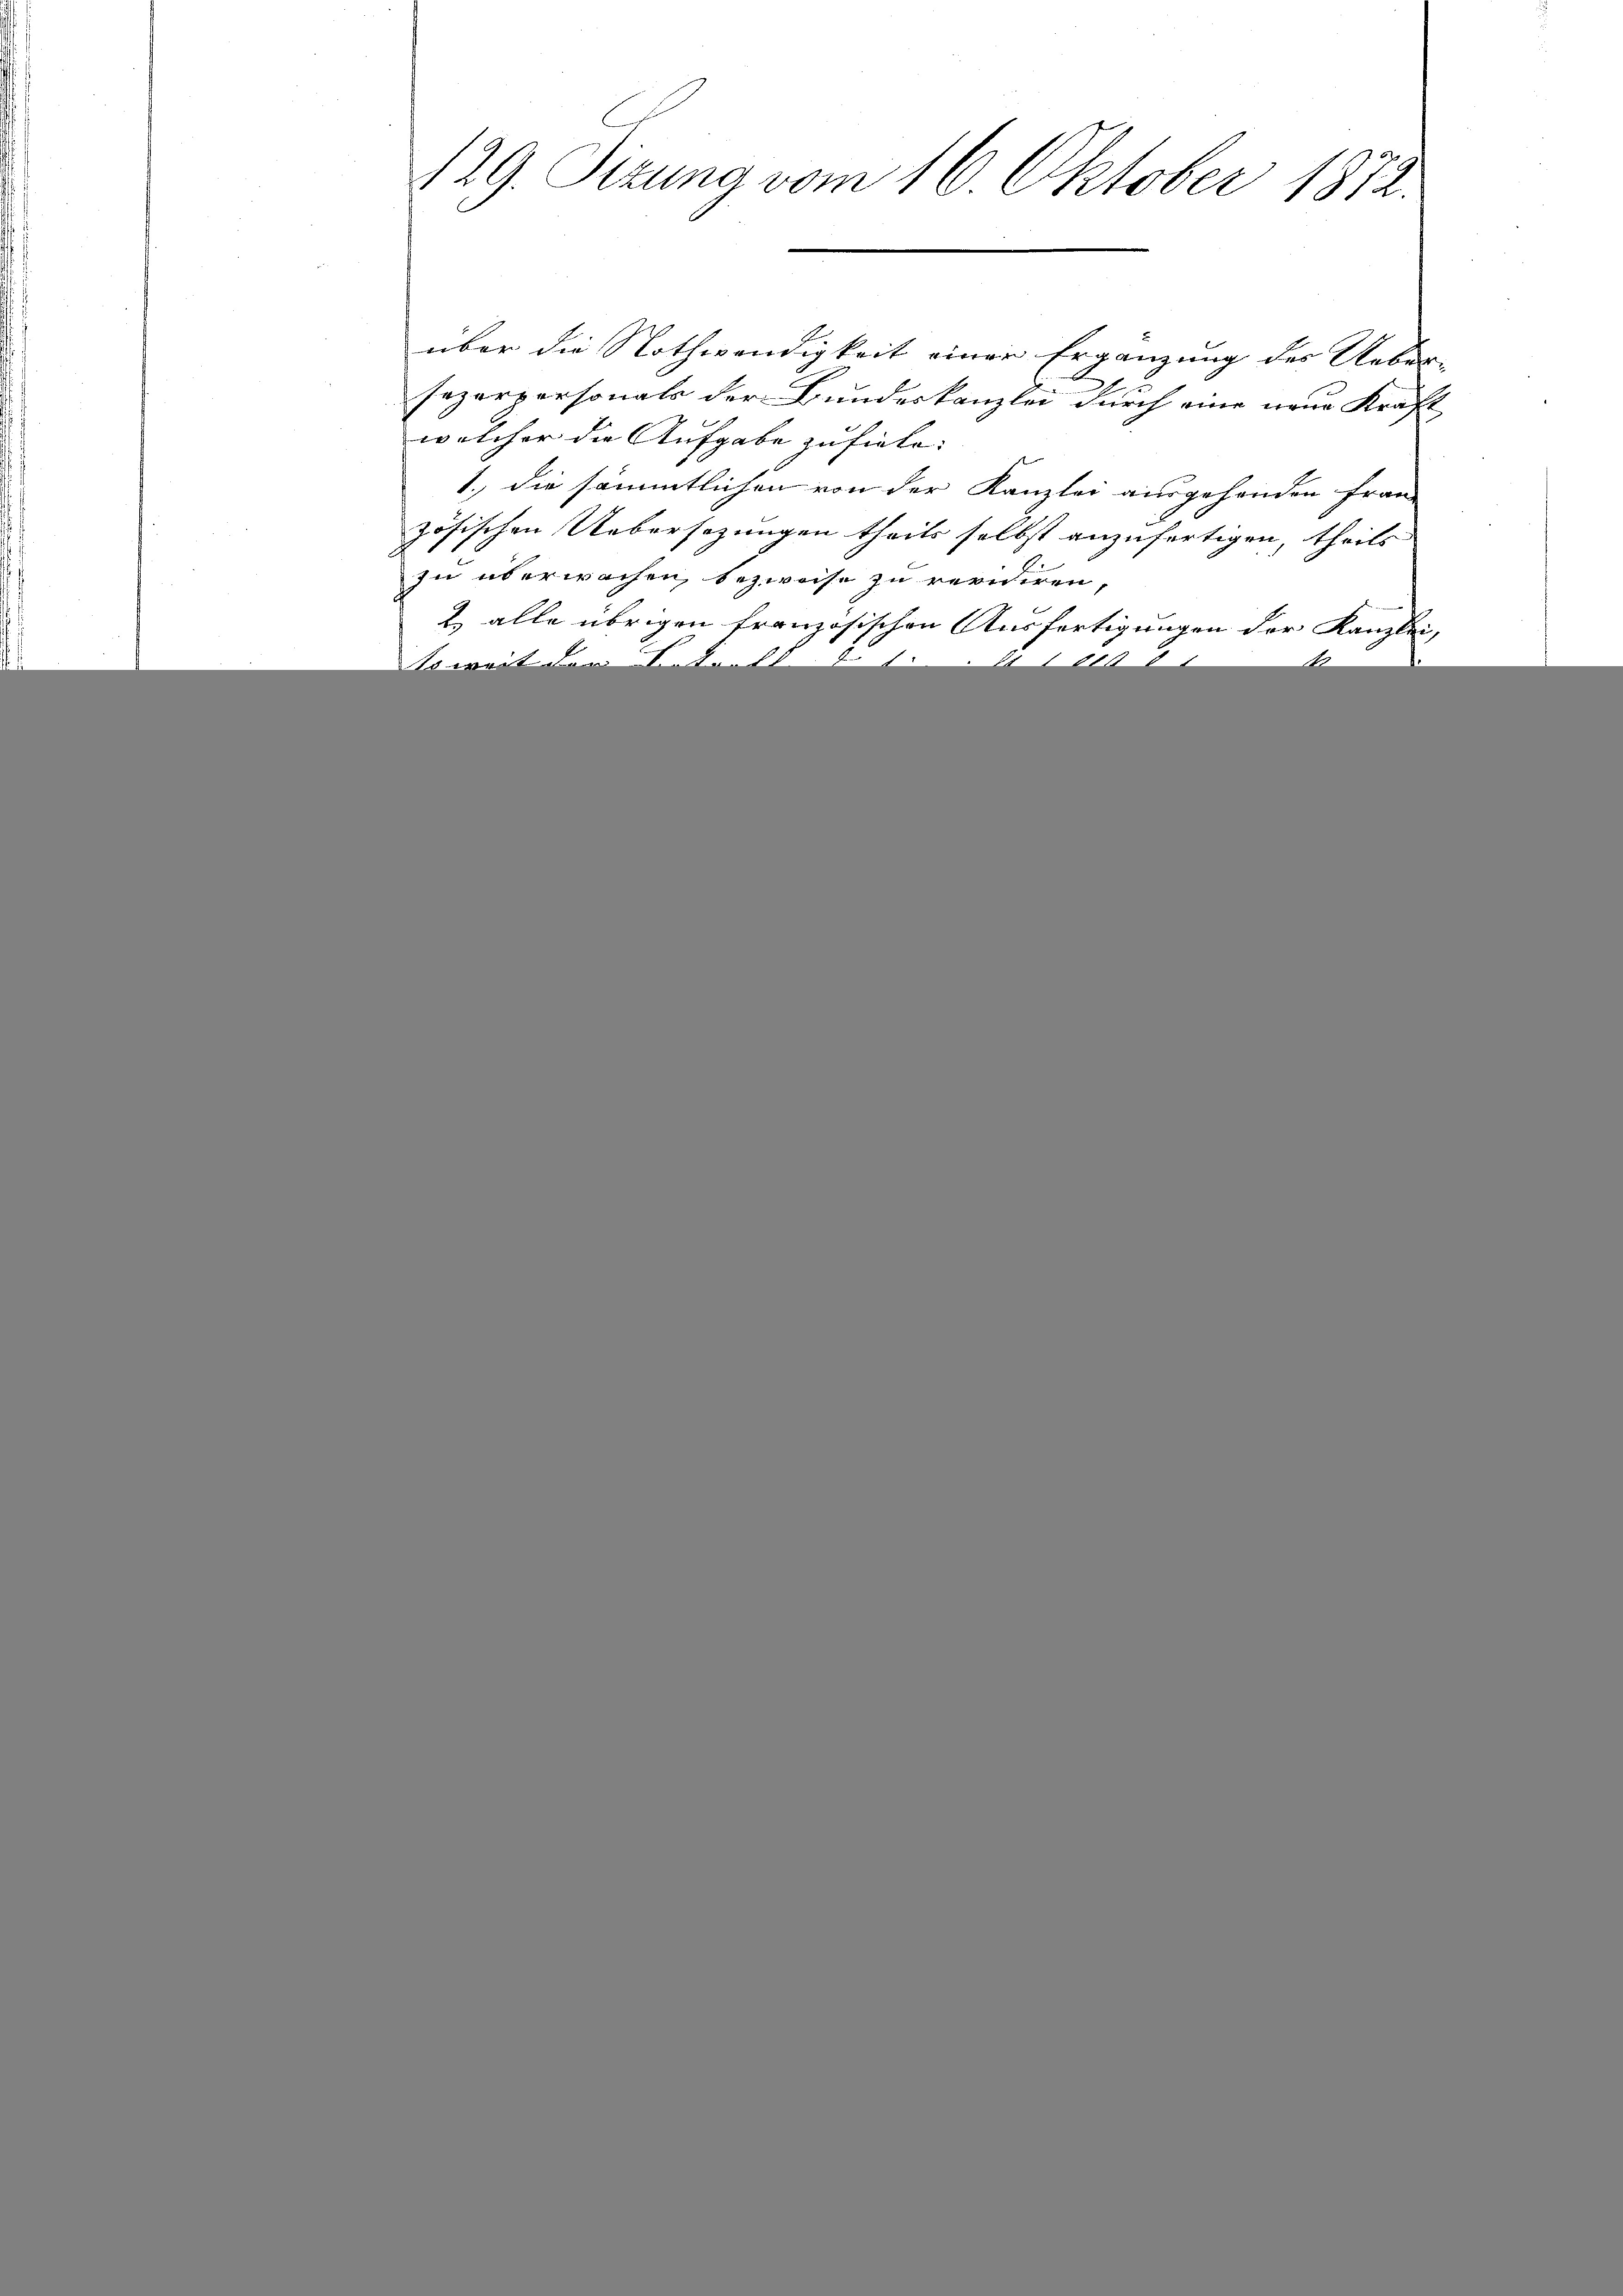
129. Sizung vom 16. Oktober 1872.

über die Nothwendigkeit einer Ergänzung der Ueber-
sezerpersonals der Bundeskanzlei durch eine neue Kraft
welcher die Aufgabe zu fiele. |
1., die sämmtlichen von der Kanzlei ausgehenden fran-
zösischen Uebersezungen theils selbst anzufertigen, theils
zu überwachen, bezweife zu revidiren,
2 alle übrigen französischen Ausfertigungen der Kanzlei,
so weit der V. Pers